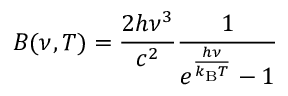
B ( \nu , T ) = { \frac { 2 h \nu ^ { 3 } } { c ^ { 2 } } } { \frac { 1 } { e ^ { \frac { h \nu } { k _ { \mathrm { B } } T } } - 1 } }